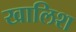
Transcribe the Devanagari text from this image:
खालिश